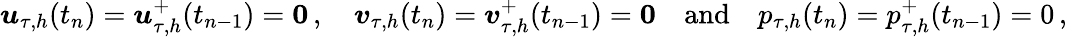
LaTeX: \boldsymbol u_{\tau,h}(t_{n})=\boldsymbol u_{\tau,h}^{+}(t_{n-1})=\boldsymbol 0\, ,\quad\boldsymbol v_{\tau,h}(t_{n})=\boldsymbol v_{\tau,h}^{+}(t_{n-1})=\boldsymbol 0\quad\mathrm{and}\quad p_{\tau,h}(t_{n})=p_{\tau,h}^{+}(t_{n-1})=0\, ,